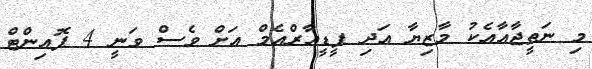
މި ނަތީޖާއާއެކު މާޒިޔާ އަދި ޕީޑީއާރްއެމް އަށް ވެސް ވަނީ 4 ޕޮއިންޓް